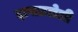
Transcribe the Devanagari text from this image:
झपाटलेली